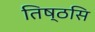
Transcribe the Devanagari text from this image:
तिष्ठसि